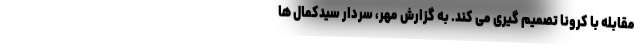
مقابله با کرونا تصمیم گیری می کند. به گزارش مهر، سردار سیدکمال ها